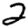
Digit: 2